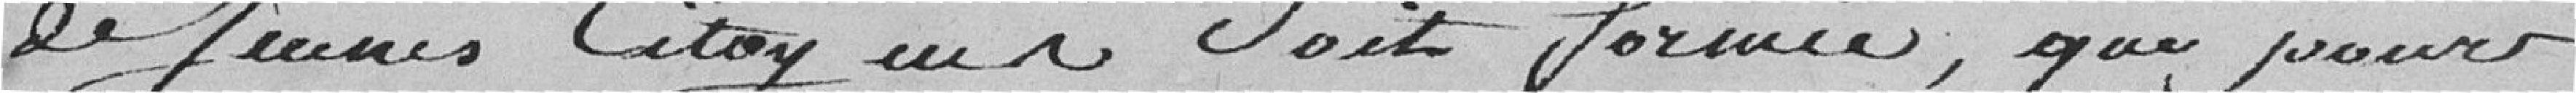
de jeunes citoyens soit formée , que pour